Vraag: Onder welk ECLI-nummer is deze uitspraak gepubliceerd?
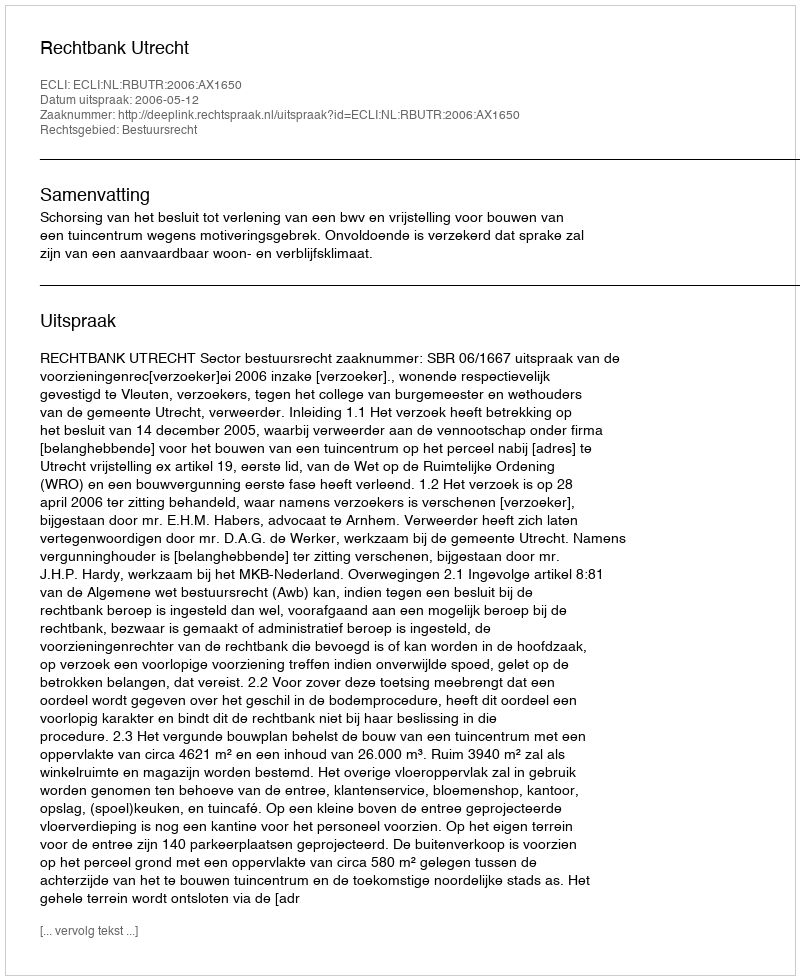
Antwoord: ECLI:NL:RBUTR:2006:AX1650